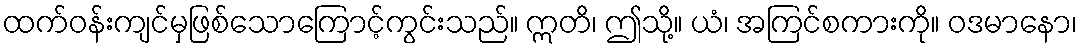
ထက်ဝန်းကျင်မှဖြစ်သောကြောင့်ကွင်းသည်။ ဣတိ၊ ဤသို့။ ယံ၊ အကြင်စကားကို။ ဝဒမာနော၊